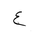
Letter: _ayn